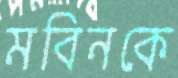
মবিনকে